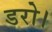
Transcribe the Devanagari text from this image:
डरो।